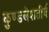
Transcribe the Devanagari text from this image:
कुण्डलेशतीर्थ